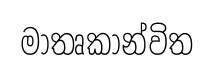
මාතෘකාන්විත